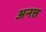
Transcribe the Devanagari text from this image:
अनत्त